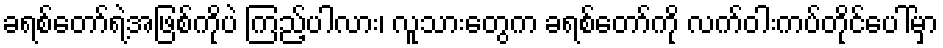
ခရစ်တော်ရဲ့အဖြစ်ကိုပဲ ကြည့်ပါလား၊ လူသားတွေက ခရစ်တော်ကို လက်ဝါးကပ်တိုင်ပေါ်မှာ